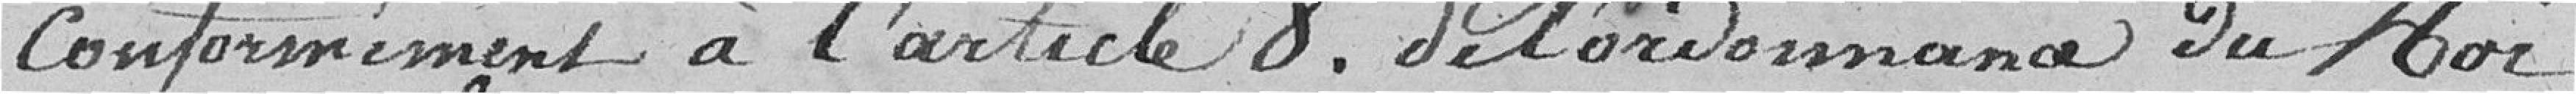
conformément à l'article 8. de l'ordonnance du Roi